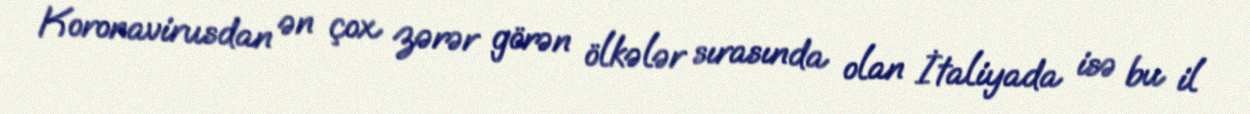
Koronavirusdan ən çox zərər görən ölkələr sırasında olan İtaliyada isə bu il